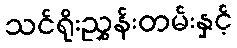
သင်ရိုးညွှန်းတမ်းနှင့်